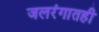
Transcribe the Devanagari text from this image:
जलरंगातही